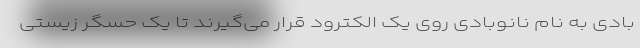
بادی به نام نانوبادی روی یک الکترود قرار می‌گیرند تا یک حسگر زیستی